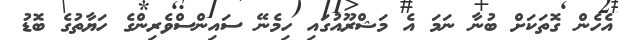
އެހެން ގޮތަކަށް ބުނާ ނަމަ އެ މަޝްރޫއުގައި ހިމެނޭ ސައިންސްވެރިންގެ ހަޔާތުގެ ބޮޑު